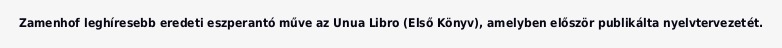
Zamenhof leghíresebb eredeti eszperantó műve az Unua Libro (Első Könyv), amelyben először publikálta nyelvtervezetét.